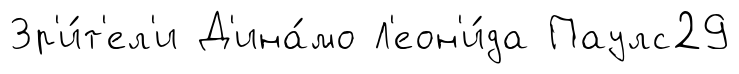
Зр'и́т'ел'и Д'ина́мо Л'еон'и́да Паулс29